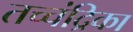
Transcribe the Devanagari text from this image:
तच्‍चंद्रिका